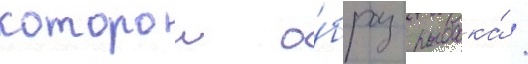
которои о́браз рыбака́ /